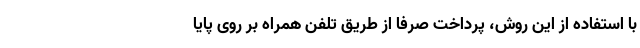
با استفاده از این روش، پرداخت صرفا از طریق تلفن همراه بر روی پایا